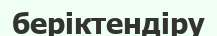
беріктендіру